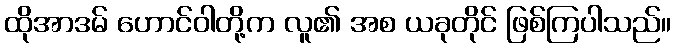
ထိုအာဒမ် ဟောင်ဝါတို့က လူ၏ အစ ယခုတိုင် ဖြစ်ကြပါသည်။